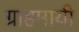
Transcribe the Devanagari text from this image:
ग्राहमायी